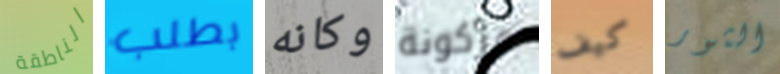
الناطقة بطلب وكانه مركونة كيف الثور